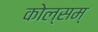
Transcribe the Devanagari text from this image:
कोल्सम्‌